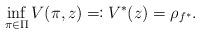
LaTeX: \begin{align*}\inf_{\pi \in \Pi} V(\pi,z) \eqqcolon V^{*}(z) = \rho_{f^{*}}. \end{align*}